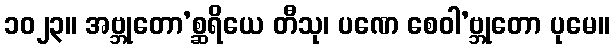
၁၀၂၃။ အဗ္ဘုတော’စ္ဆရိယေ တီသု၊ ပဏေ စေဝါ’ဗ္ဘုတော ပုမေ။